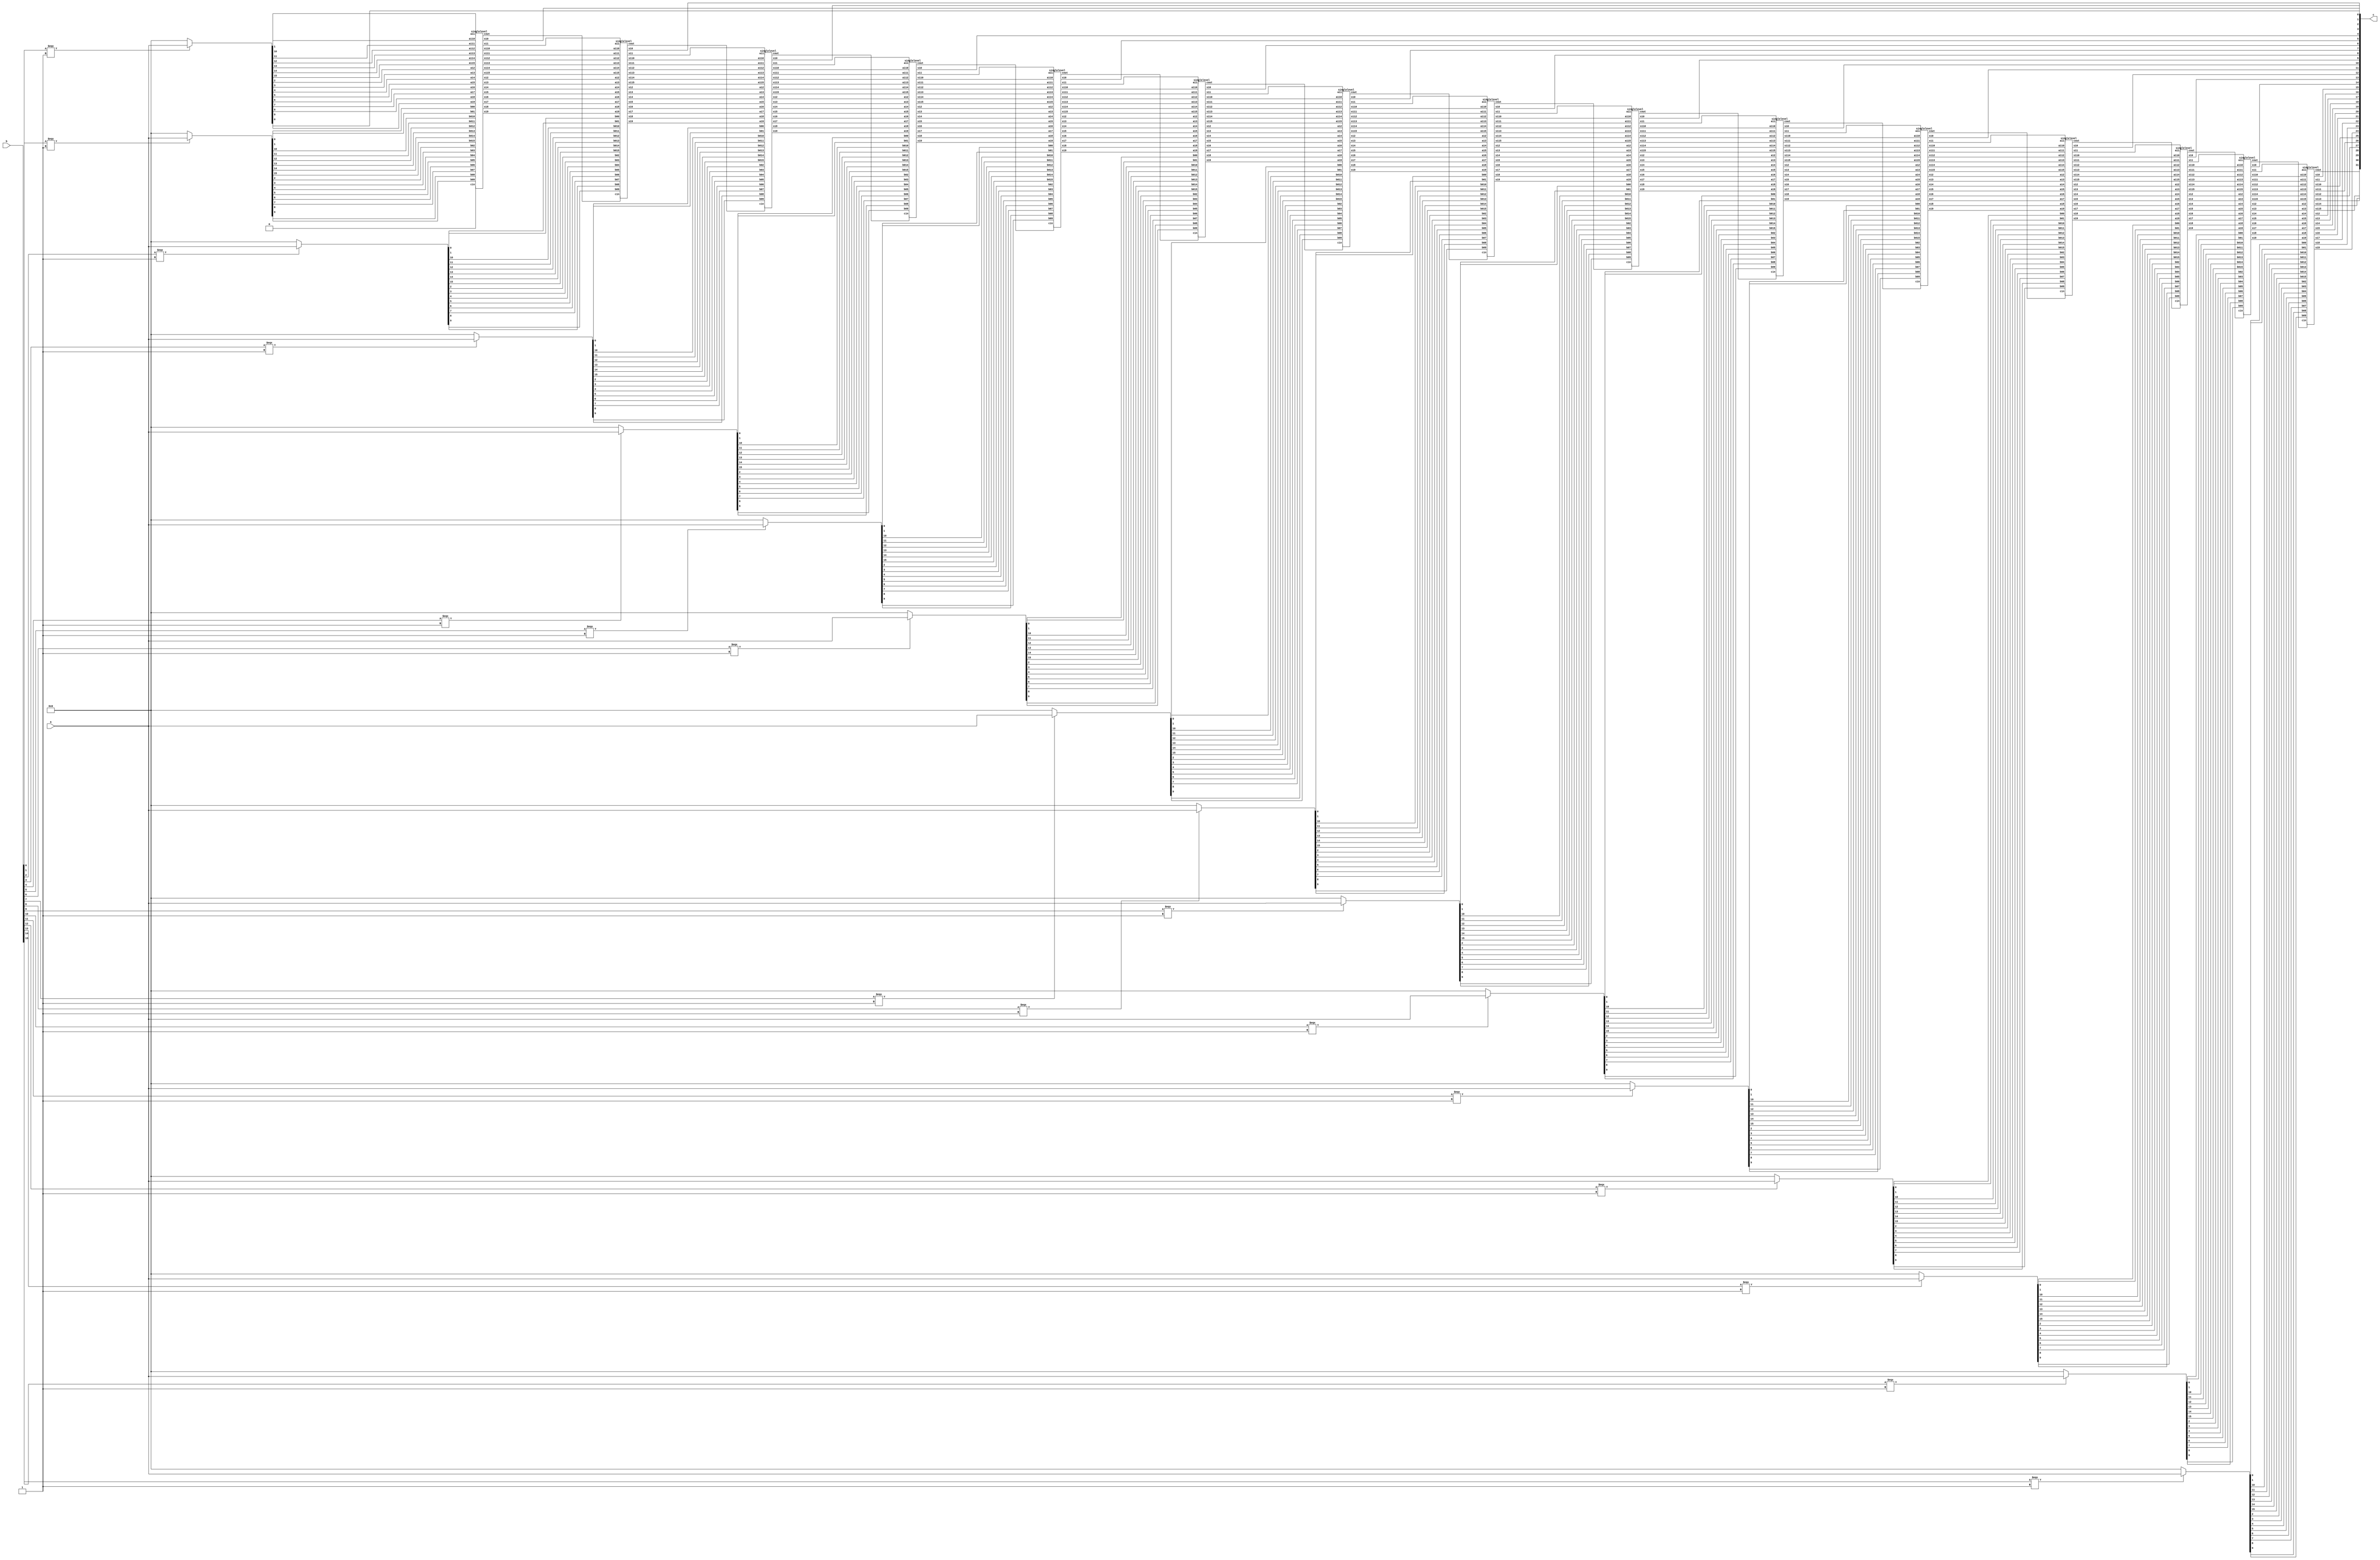
`timescale 1ns / 1ps
//////////////////////////////////////////////////////////////////////////////////
// Company: 
// Engineer: 
// 
// Design Name: 
// Module Name:    sixteenbitarraymultiplier 
// Project Name: 
// Target Devices: 
// Tool versions: 
// Description: 
//
// Dependencies: 
//
// Revision: 
// Revision 0.01 - File Created
// Additional Comments: 
//
//////////////////////////////////////////////////////////////////////////////////
module sixteenbitarraymultiplier(
    output [31:0] c,
    input [15:0] a,
    input [15:0] b
    );

reg [15:0]p[15:0];

//partialmulti pp(p,a,b);
integer i,j;
	always @(a or b)
	begin		
		for(i=0; i<=15; i=i+1)
		begin

			if(b[i] === 1)
			begin
			p[i]<=a;
			end
			else
			p[i] <=16'b0000000000000000;
		end


	end

buf(c[0],p[0][0]);

wire s10,s11,s12,s13,s14,s15,s16,s17,s18,s19,s110,s111,s112,s113,s114,s115,cout1,cin;
//buf(cin,1'b0);
//buf(cout1,1'b0);
singlelevel lv1(p[0][1],p[0][2],p[0][3],p[0][4],p[0][5],p[0][6],p[0][7],p[0][8],p[0][9],p[0][10],p[0][11],p[0][12],p[0][13],p[0][14],p[0][15],1'b0,p[1][0],p[1][1],p[1][2],p[1][3],p[1][4],p[1][5],p[1][6],p[1][7],p[1][8],p[1][9],p[1][10],p[1][11],p[1][12],p[1][13],p[1][14],p[1][15],s10,s11,s12,s13,s14,s15,s16,s17,s18,s19,s110,s111,s112,s113,s114,s115,cout1);
buf(c[1],s10);

wire s20,s21,s22,s23,s24,s25,s26,s27,s28,s29,s210,s211,s212,s213,s214,s215,cout2;
//buf(cout2,1'b0);
singlelevel lv2(s11,s12,s13,s14,s15,s16,s17,s18,s19,s110,s111,s112,s113,s114,s115,cout1,p[2][0],p[2][1],p[2][2],p[2][3],p[2][4],p[2][5],p[2][6],p[2][7],p[2][8],p[2][9],p[2][10],p[2][11],p[2][12],p[2][13],p[2][14],p[2][15],s20,s21,s22,s23,s24,s25,s26,s27,s28,s29,s210,s211,s212,s213,s214,s215,cout2);
buf(c[2],s20);

wire s30,s31,s32,s33,s34,s35,s36,s37,s38,s39,s310,s311,s312,s313,s314,s315,cout3;
//buf(cout3,1'b0);
singlelevel lv3(s21,s22,s23,s24,s25,s26,s27,s28,s29,s210,s211,s212,s213,s214,s215,cout2,p[3][0],p[3][1],p[3][2],p[3][3],p[3][4],p[3][5],p[3][6],p[3][7],p[3][8],p[3][9],p[3][10],p[3][11],p[3][12],p[3][13],p[3][14],p[3][15],s30,s31,s32,s33,s34,s35,s36,s37,s38,s39,s310,s311,s312,s313,s314,s315,cout3);
buf(c[3],s30);

wire s40,s41,s42,s43,s44,s45,s46,s47,s48,s49,s410,s411,s412,s413,s414,s415,cout4;
//buf(cout4,1'b0);
singlelevel lv4(s31,s32,s33,s34,s35,s36,s37,s38,s39,s310,s311,s312,s313,s314,s315,cout3,p[4][0],p[4][1],p[4][2],p[4][3],p[4][4],p[4][5],p[4][6],p[4][7],p[4][8],p[4][9],p[4][10],p[4][11],p[4][12],p[4][13],p[4][14],p[4][15],s40,s41,s42,s43,s44,s45,s46,s47,s48,s49,s410,s411,s412,s413,s414,s415,cout4);
buf(c[4],s40);

wire s50,s51,s52,s53,s54,s55,s56,s57,s58,s59,s510,s511,s512,s513,s514,s515,cout5;
//buf(cout5,1'b0);
singlelevel lv5(s41,s42,s43,s44,s45,s46,s47,s48,s49,s410,s411,s412,s413,s414,s415,cout4,p[5][0],p[5][1],p[5][2],p[5][3],p[5][4],p[5][5],p[5][6],p[5][7],p[5][8],p[5][9],p[5][10],p[5][11],p[5][12],p[5][13],p[5][14],p[5][15],s50,s51,s52,s53,s54,s55,s56,s57,s58,s59,s510,s511,s512,s513,s514,s515,cout5);
buf(c[5],s50);

wire s60,s61,s62,s63,s64,s65,s66,s67,s68,s69,s610,s611,s612,s613,s614,s615,cout6;
//buf(cout6,1'b0);
singlelevel lv6(s51,s52,s53,s54,s55,s56,s57,s58,s59,s510,s511,s512,s513,s514,s515,cout5,p[6][0],p[6][1],p[6][2],p[6][3],p[6][4],p[6][5],p[6][6],p[6][7],p[6][8],p[6][9],p[6][10],p[6][11],p[6][12],p[6][13],p[6][14],p[6][15],s60,s61,s62,s63,s64,s65,s66,s67,s68,s69,s610,s611,s612,s613,s614,s615,cout6);
buf(c[6],s60);

wire s70,s71,s72,s73,s74,s75,s76,s77,s78,s79,s710,s711,s712,s713,s714,s715,cout7;
//buf(cout7,1'b0);
singlelevel lv7(s61,s62,s63,s64,s65,s66,s67,s68,s69,s610,s611,s612,s613,s614,s615,cout6,p[7][0],p[7][1],p[7][2],p[7][3],p[7][4],p[7][5],p[7][6],p[7][7],p[7][8],p[7][9],p[7][10],p[7][11],p[7][12],p[7][13],p[7][14],p[7][15],s70,s71,s72,s73,s74,s75,s76,s77,s78,s79,s710,s711,s712,s713,s714,s715,cout7);
buf(c[7],s70);

wire s80,s81,s82,s83,s84,s85,s86,s87,s88,s89,s810,s811,s812,s813,s814,s815,cout8;
//buf(cout8,1'b0);
singlelevel lv8(s71,s72,s73,s74,s75,s76,s77,s78,s79,s710,s711,s712,s713,s714,s715,cout7,p[8][0],p[8][1],p[8][2],p[8][3],p[8][4],p[8][5],p[8][6],p[8][7],p[8][8],p[8][9],p[8][10],p[8][11],p[8][12],p[8][13],p[8][14],p[8][15],s80,s81,s82,s83,s84,s85,s86,s87,s88,s89,s810,s811,s812,s813,s814,s815,cout8);
buf(c[8],s80);

wire s90,s91,s92,s93,s94,s95,s96,s97,s98,s99,s910,s911,s912,s913,s914,s915,cout9;
//buf(cout9,1'b0);
singlelevel lv9(s81,s82,s83,s84,s85,s86,s87,s88,s89,s810,s811,s812,s813,s814,s815,cout8,p[9][0],p[9][1],p[9][2],p[9][3],p[9][4],p[9][5],p[9][6],p[9][7],p[9][8],p[9][9],p[9][10],p[9][11],p[9][12],p[9][13],p[9][14],p[9][15],s90,s91,s92,s93,s94,s95,s96,s97,s98,s99,s910,s911,s912,s913,s914,s915,cout9);
buf(c[9],s90);

wire s100,s101,s102,s103,s104,s105,s106,s107,s108,s109,s1010,s1011,s1012,s1013,s1014,s1015,cout10;
//buf(cout10,1'b0);
singlelevel lv10(s91,s92,s93,s94,s95,s96,s97,s98,s99,s910,s911,s912,s913,s914,s915,cout9,p[10][0],p[10][1],p[10][2],p[10][3],p[10][4],p[10][5],p[10][6],p[10][7],p[10][8],p[10][9],p[10][10],p[10][11],p[10][12],p[10][13],p[10][14],p[10][15],s100,s101,s102,s103,s104,s105,s106,s107,s108,s109,s1010,s1011,s1012,s1013,s1014,s1015,cout10);
buf(c[10],s100);

wire s110_,s111_,s112_,s113_,s114_,s115_,s116,s117,s118,s119,s1110,s1111,s1112,s1113,s1114,s1115,cout11;
//buf(cout11,1'b0);
singlelevel lv11(s101,s102,s103,s104,s105,s106,s107,s108,s109,s1010,s1011,s1012,s1013,s1014,s1015,cout10,p[11][0],p[11][1],p[11][2],p[11][3],p[11][4],p[11][5],p[11][6],p[11][7],p[11][8],p[11][9],p[11][10],p[11][11],p[11][12],p[11][13],p[11][14],p[11][15],s110_,s111_,s112_,s113_,s114_,s115_,s116,s117,s118,s119,s1110,s1111,s1112,s1113,s1114,s1115,cout11);
buf(c[11],s110_);

wire s120,s121,s122,s123,s124,s125,s126,s127,s128,s129,s1210,s1211,s1212,s1213,s1214,s1215,cout12;
//buf(cout12,1'b0);
singlelevel lv12(s111_,s112_,s113_,s114_,s115_,s116,s117,s118,s119,s1110,s1111,s1112,s1113,s1114,s1115,cout11,p[12][0],p[12][1],p[12][2],p[12][3],p[12][4],p[12][5],p[12][6],p[12][7],p[12][8],p[12][9],p[12][10],p[12][11],p[12][12],p[12][13],p[12][14],p[12][15],s120,s121,s122,s123,s124,s125,s126,s127,s128,s129,s1210,s1211,s1212,s1213,s1214,s1215,cout12);
buf(c[12],s120);

wire s130,s131,s132,s133,s134,s135,s136,s137,s138,s139,s1310,s1311,s1312,s1313,s1314,s1315,cout13;
//buf(cout13,1'b0);
singlelevel lv13(s121,s122,s123,s124,s125,s126,s127,s128,s129,s1210,s1211,s1212,s1213,s1214,s1215,cout12,p[13][0],p[13][1],p[13][2],p[13][3],p[13][4],p[13][5],p[13][6],p[13][7],p[13][8],p[13][9],p[13][10],p[13][11],p[13][12],p[13][13],p[13][14],p[13][15],s130,s131,s132,s133,s134,s135,s136,s137,s138,s139,s1310,s1311,s1312,s1313,s1314,s1315,cout13);
buf(c[13],s130);

wire s140,s141,s142,s143,s144,s145,s146,s147,s148,s149,s1410,s1411,s1412,s1413,s1414,s1415,cout14;
//buf(cout14,1'b0);
singlelevel lv14(s131,s132,s133,s134,s135,s136,s137,s138,s139,s1310,s1311,s1312,s1313,s1314,s1315,cout13,p[14][0],p[14][1],p[14][2],p[14][3],p[14][4],p[14][5],p[14][6],p[14][7],p[14][8],p[14][9],p[14][10],p[14][11],p[14][12],p[14][13],p[14][14],p[14][15],s140,s141,s142,s143,s144,s145,s146,s147,s148,s149,s1410,s1411,s1412,s1413,s1414,s1415,cout14);
buf(c[14],s140);


singlelevel lv15(s141,s142,s143,s144,s145,s146,s147,s148,s149,s1410,s1411,s1412,s1413,s1414,s1415,cout14,p[15][0],p[15][1],p[15][2],p[15][3],p[15][4],p[15][5],p[15][6],p[15][7],p[15][8],p[15][9],p[15][10],p[15][11],p[15][12],p[15][13],p[15][14],p[15][15],c[15],c[16],c[17],c[18],c[19],c[20],c[21],c[22],c[23],c[24],c[25],c[26],c[27],c[28],c[29],c[30],c[31]);


endmodule


module singlelevel(

input a11,a12,a13,a14,a15,a16,a17,a18,a19,a110,a111,a112,a113,a114,a115,cin,b00,b01,b02,b03,b04,b05,b06,b07,b08,b09,b010,b011,b012,b013,b014,b015,
output s10,s11,s12,s13,s14,s15,s16,s17,s18,s19,s110,s111,s112,s113,s114,s115,cout);

wire c10,c11,c12,c13,c14,c15,c16,c17,c18,c19,c110,c111,c112,c113,c114,c115;
ha ha11(a11,b00,s10,c10);
fa fa12(a12,b01,c10,s11,c11);
fa fa13(a13,b02,c11,s12,c12);
fa fa14(a14,b03,c12,s13,c13);
fa fa15(a15,b04,c13,s14,c14);
fa fa16(a16,b05,c14,s15,c15);
fa fa17(a17,b06,c15,s16,c16);
fa fa18(a18,b07,c16,s17,c17);
fa fa19(a19,b08,c17,s18,c18);
fa fa20(a110,b09,c18,s19,c19);
fa fa21(a111,b010,c19,s110,c110);
fa fa22(a112,b011,c110,s111,c111);
fa fa23(a113,b012,c111,s112,c112);
fa fa24(a114,b013,c112,s113,c113);
fa fa25(a115,b014,c113,s114,c114);
fa fa26(b015,c114,cin,s115,cout);


endmodule


module ha(
input a,b,
output s,c);
xor g1(s,a,b);
and g2(c,a,b);
endmodule

module fa(a, b, cin, s, c);
input a, b, cin;
output s,c;
reg s, c;
always @(a or b or cin)
begin
	s= a ^ b ^ cin;
	c = (a & b) | (a & cin) | (b & cin);
end
endmodule